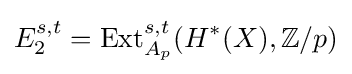
E_{2}^{s,t}={\text{Ext}}_{A_{p}}^{s,t}(H^{*}(X),\mathbb {Z} /p)